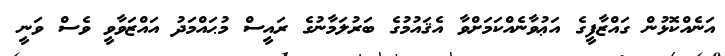
އަނެއްކޮޅުން ގައްޒާފީގެ އަޢުވާނެއްކަމަށްވާ އެޤައުމުގެ ބަރުލަމާނުގެ ރައީސް މުޙައްމަދު އައްޒަވާވީ ވެސް ވަނީ